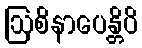
ဩစိနာပေန္တိပိ